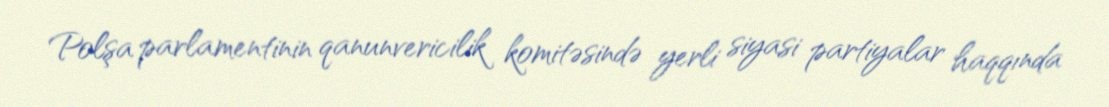
Polşa parlamentinin qanunvericilik komitəsində yerli siyasi partiyalar haqqında